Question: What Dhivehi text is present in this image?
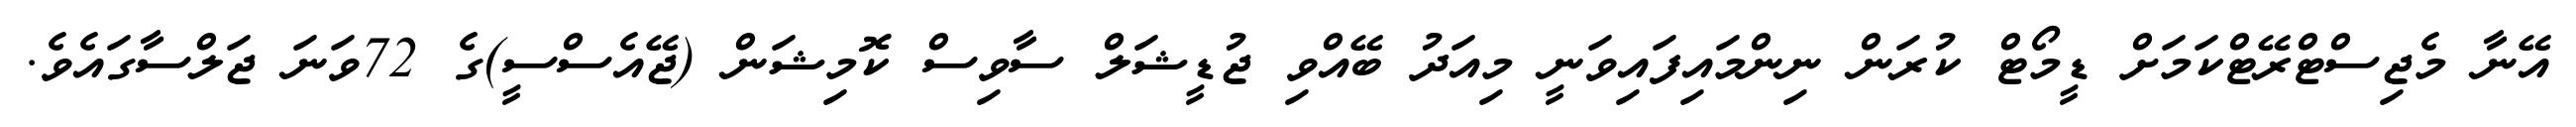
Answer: އޭނާ މެޖިސްޓްރޭޓްކަމަށް ޑީމޯޓް ކުރަން ނިންމައިފައިވަނީ މިއަދު ބޭއްވި ޖުޑީޝަލް ސާވިސް ކޮމިޝަން (ޖޭއެސްސީ)ގެ 72ވަނަ ޖަލްސާގައެވެ.